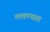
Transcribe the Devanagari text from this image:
लवण्यात